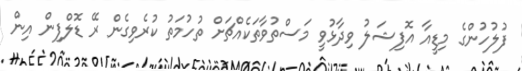
ފުލުހުންގެ މިޑީއާ އޮފިޝަލު ވިދާޅުވީ މަސްތުވާތަކެއްޗަށް ތުހުމަތު ކުރެވިގެން ރޭ ޑޮލްފިން އިން